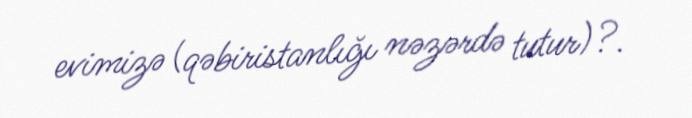
evimizə (qəbiristanlığı nəzərdə tutur)?.